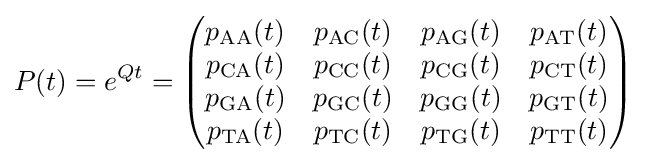
P(t)=e^{Qt}={\begin{pmatrix}p_{\mathrm {AA} }(t)&p_{\mathrm {AC} }(t)&p_{\mathrm {AG} }(t)&p_{\mathrm {AT} }(t)\\p_{\mathrm {CA} }(t)&p_{\mathrm {CC} }(t)&p_{\mathrm {CG} }(t)&p_{\mathrm {CT} }(t)\\p_{\mathrm {GA} }(t)&p_{\mathrm {GC} }(t)&p_{\mathrm {GG} }(t)&p_{\mathrm {GT} }(t)\\p_{\mathrm {TA} }(t)&p_{\mathrm {TC} }(t)&p_{\mathrm {TG} }(t)&p_{\mathrm {TT} }(t)\end{pmatrix}}